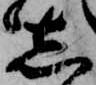
し